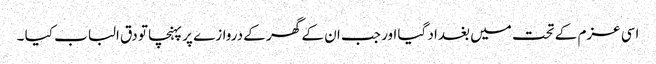
اسی عزم کے تحت میں بغداد گیا اور جب ان کے گھر کے دروازے پر پہنچا تو دق الباب کیا ۔